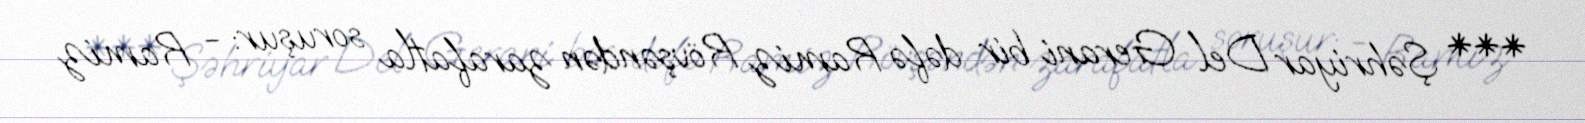
*** Şəhriyar Del Gerani bir dəfə Ramiz Rövşəndən zarafatla soruşur: - Ramiz